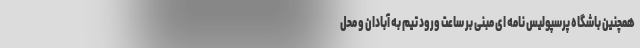
همچنین باشگاه پرسپولیس نامه ای مبنی بر ساعت ورود تیم به آبادان و محل